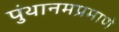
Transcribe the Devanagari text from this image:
पुंथानमप्रमाणे